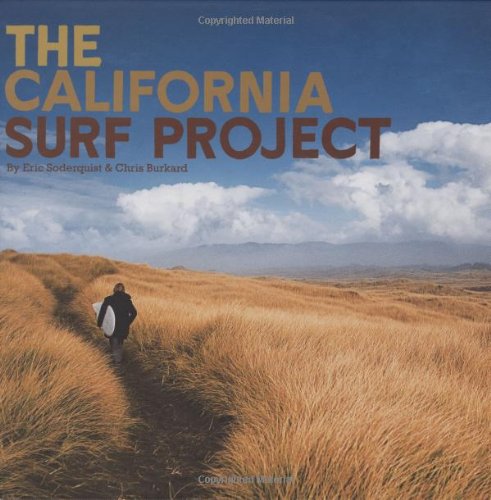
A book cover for The California Surf Project; Eric Soderquist; Arts & Photography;